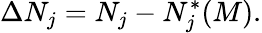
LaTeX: \Delta N_{j}=N_{j}-N_{j}^{*}(M).